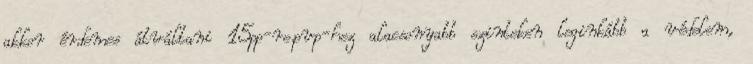
akkor érdemes átváltani 15pp-re.pvp-hez alacsonyabb szinteken leginkább a védelem,